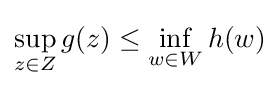
\sup _{z\in Z}g(z)\leq \inf _{w\in W}h(w)